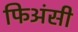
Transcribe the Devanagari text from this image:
फिअंसी